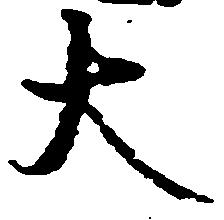
大